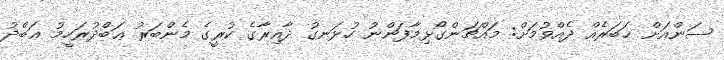
ސަންއަށް ޚަބަރެއް ދެއްވުމަށް: މައްޗަންގޯޅިމާފަންނު ހުޅަނގު ދާއިރާގެ ކުރީގެ މެންބަރު ޢަބްދުރަހީމު ޢަބްދު